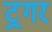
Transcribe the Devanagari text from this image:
ट्रगर